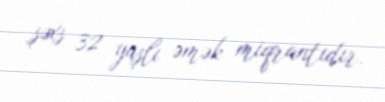
şəxs 32 yaşlı əmək miqrantıdır.